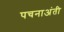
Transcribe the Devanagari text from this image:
पचनाअंती